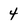
Character: 4